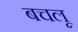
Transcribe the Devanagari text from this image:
बचलू